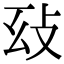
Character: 𢻽